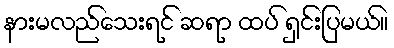
နားမလည်သေးရင် ဆရာ ထပ် ရှင်းပြမယ်။